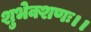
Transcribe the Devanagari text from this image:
शुभेक्शणः।।